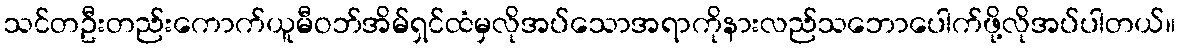
သင်တဦးတည်းကောက်ယူမီဝဘ်အိမ်ရှင်ထံမှလိုအပ်သောအရာကိုနားလည်သဘောပေါက်ဖို့လိုအပ်ပါတယ်။